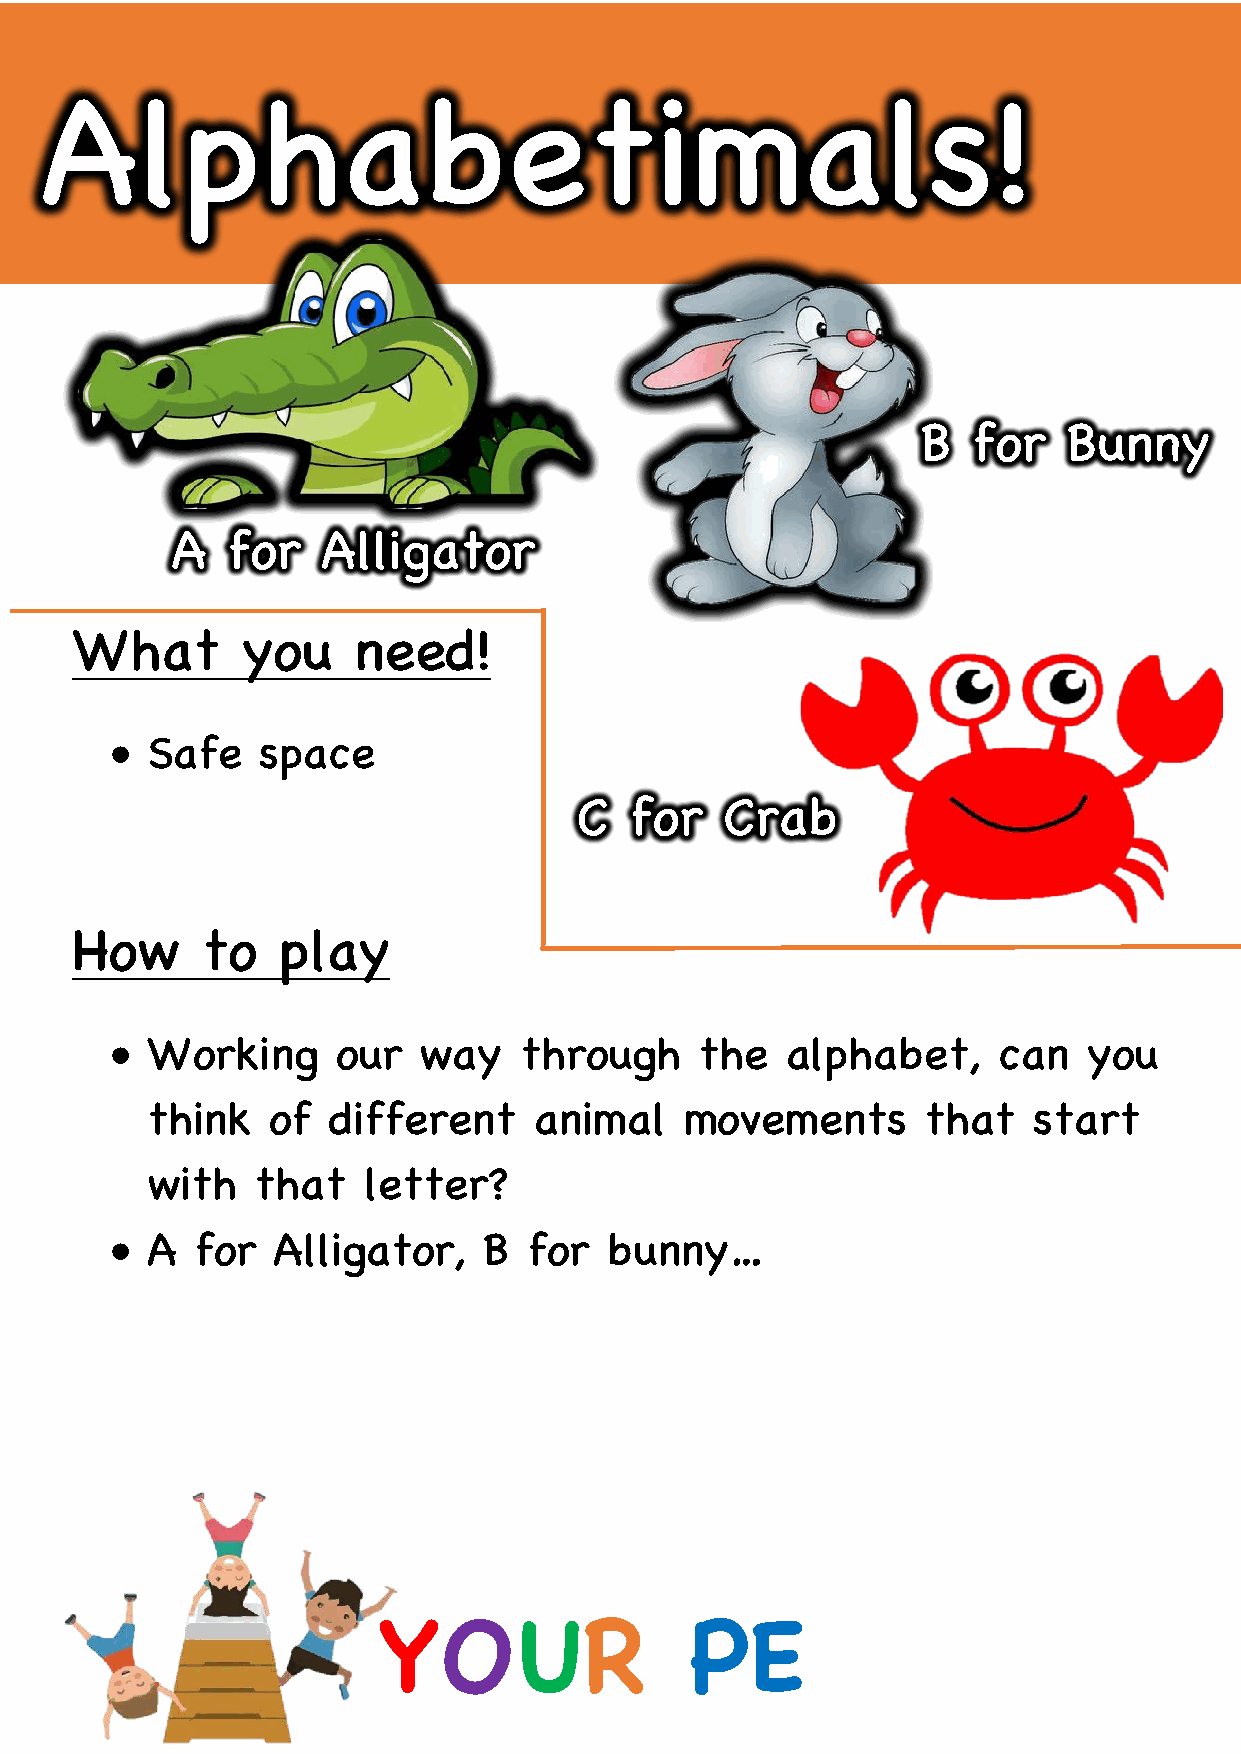
Alphabetimals!
 B  for    Bunny
 A   for   Alligator
 What       you    need!
 •  Safe   space
 C   for   Crab
 How     to   play
 •  Working     our   way   through     the   alphabet,     can   you
 think   of  different    animal    movements       that   start
 with   that   letter?
 •  A  for  Alligator,    B  for  bunny…
 YOUR                 PE